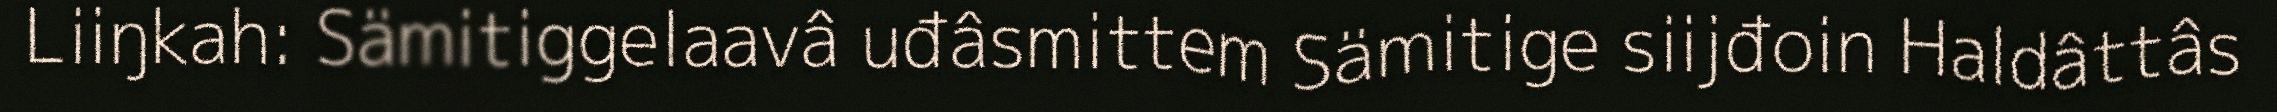
Liiŋkah: Sämitiggelaavâ uđâsmittem Sämitige siijđoin Haldâttâs